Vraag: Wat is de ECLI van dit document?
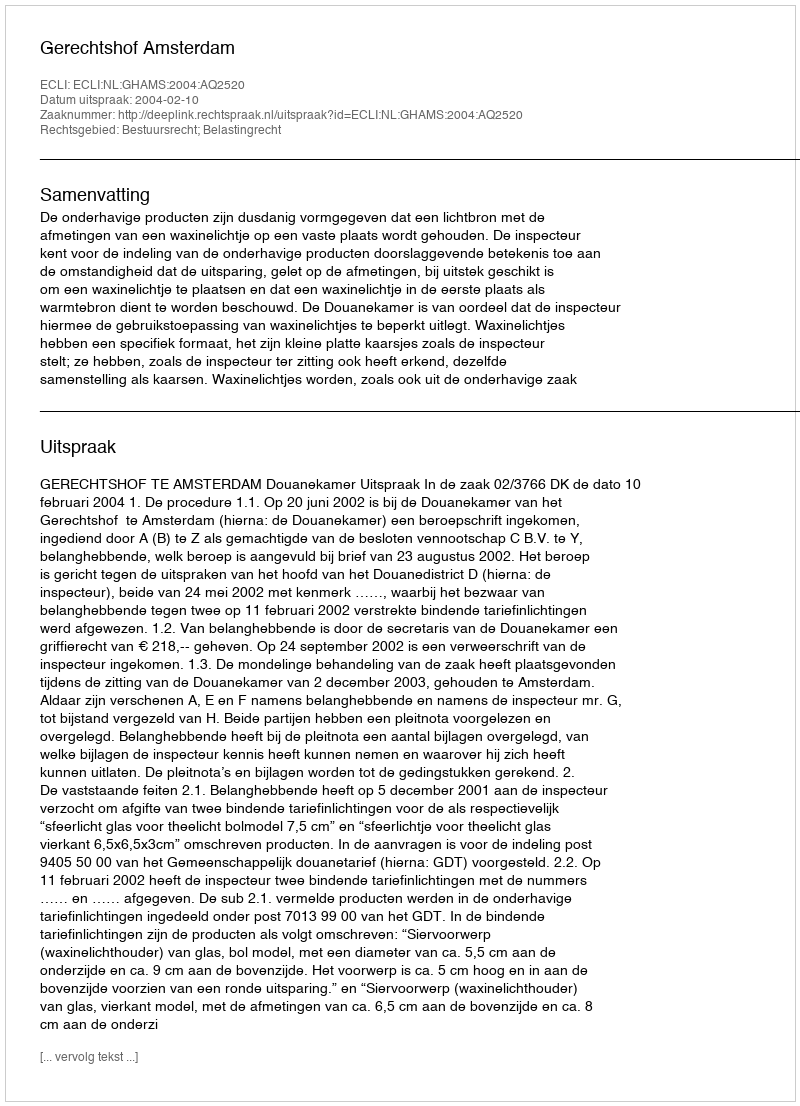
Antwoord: ECLI:NL:GHAMS:2004:AQ2520